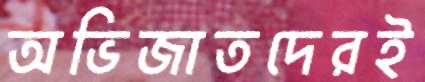
অভিজাতদেরই